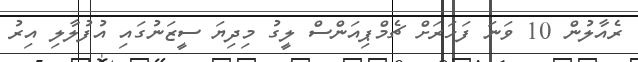
ރެއާލުން 10 ވަނަ ފަހަރަށް ޗެމްޕިއަންސް ލީގު މިދިޔަ ސީޒަނުގައި އުފުލާލި އިރު